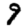
Digit: 9